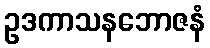
ဥဒကာသနဘောဇနံ